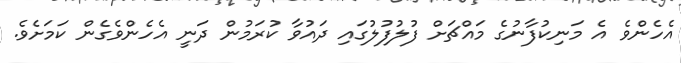
އެހެންވެ އެ މަނިކުފާނުގެ މައްޗަށް ފުލުފުލުގައި ދައުވާ ކުރަމުން ދަނީ އެހެންވެގެން ކަމަށެވެ.